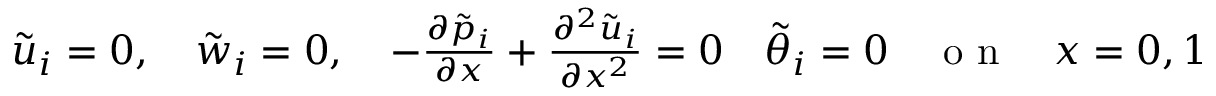
\begin{array} { r } { \tilde { u } _ { i } = 0 , \quad \tilde { w } _ { i } = 0 , \quad - \frac { \partial \tilde { p } _ { i } } { \partial x } + \frac { \partial ^ { 2 } \tilde { u } _ { i } } { \partial x ^ { 2 } } = 0 \quad \tilde { \theta } _ { i } = 0 \quad \mathrm { ~ o ~ n ~ } \quad x = 0 , 1 } \end{array}